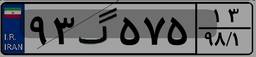
۳۶گ۸۹۵۱۷